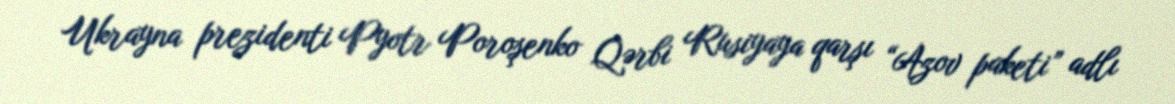
Ukrayna prezidenti Pyotr Poroşenko Qərbi Rusiyaya qarşı “Azov paketi” adlı